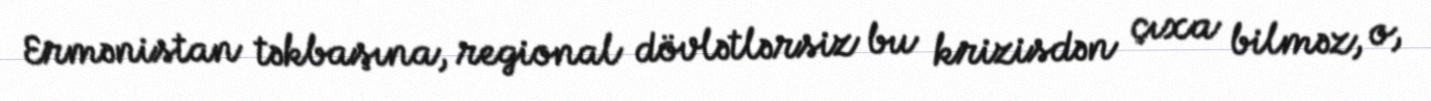
Ermənistan təkbaşına, regional dövlətlərsiz bu krizisdən çıxa bilməz, o,